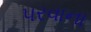
૫રવાના